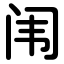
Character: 闱